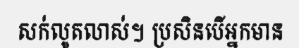
សក់លូតលាស់។ ប្រសិនបើអ្នកមាន